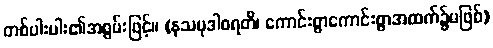
တစ်ပါးပါး၏အစွမ်းဖြင့်။ (နသမုဒါစရတိ၊ ကောင်းစွာကောင်းစွာအထက်၌မဖြစ်)